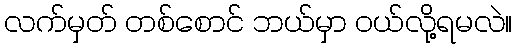
လက်မှတ် တစ်စောင် ဘယ်မှာ ဝယ်လို့ရမလဲ။